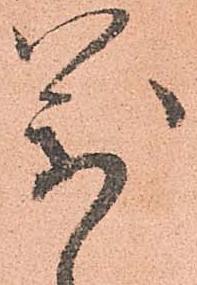
萬